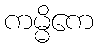
ကမ္မိကေ